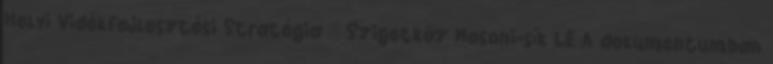
Helyi Vidékfejlesztési Stratégia – Szigetköz Mosoni-sík LE A dokumentumban